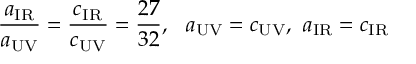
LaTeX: \frac { a _ { \mathrm { I R } } } { a _ { \mathrm { U V } } } = \frac { c _ { \mathrm { I R } } } { c _ { \mathrm { U V } } } = \frac { 2 7 } { 3 2 } , ~ ~ a _ { \mathrm { U V } } = c _ { \mathrm { U V } } , ~ a _ { \mathrm { I R } } = c _ { \mathrm { I R } }